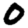
Digit: 0